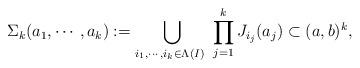
LaTeX: \begin{align*}&\Sigma_k(a_1,\cdots,a_k):=\bigcup_{i_1,\cdots,i_{k}\in\Lambda(I)\ }\prod_{j=1}^kJ_{i_j}(a_j)\subset (a,b)^k,\end{align*}